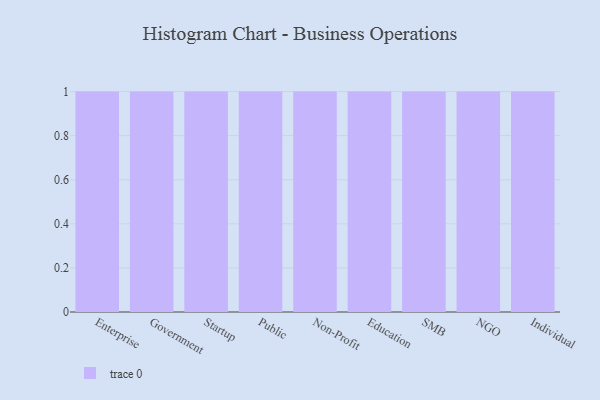
{"axis": {"x": "Segment", "y": "Active Users"}, "legend": [""], "data": [{"x": "Enterprise", "y": 53, "type": ""}, {"x": "Government", "y": 80, "type": ""}, {"x": "Startup", "y": 22, "type": ""}, {"x": "Public", "y": 77, "type": ""}, {"x": "Non-Profit", "y": 41, "type": ""}, {"x": "Education", "y": 17, "type": ""}, {"x": "SMB", "y": 78, "type": ""}, {"x": "NGO", "y": 66, "type": ""}, {"x": "Individual", "y": 1, "type": ""}]}